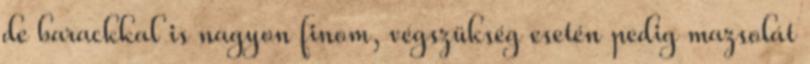
de barackkal is nagyon finom, végszükség esetén pedig mazsolát